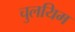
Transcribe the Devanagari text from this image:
चुलयिम